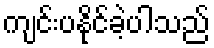
ကျင်းပနိုင်ခဲ့ပါသည်